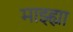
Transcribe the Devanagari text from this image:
माझ्ह्या